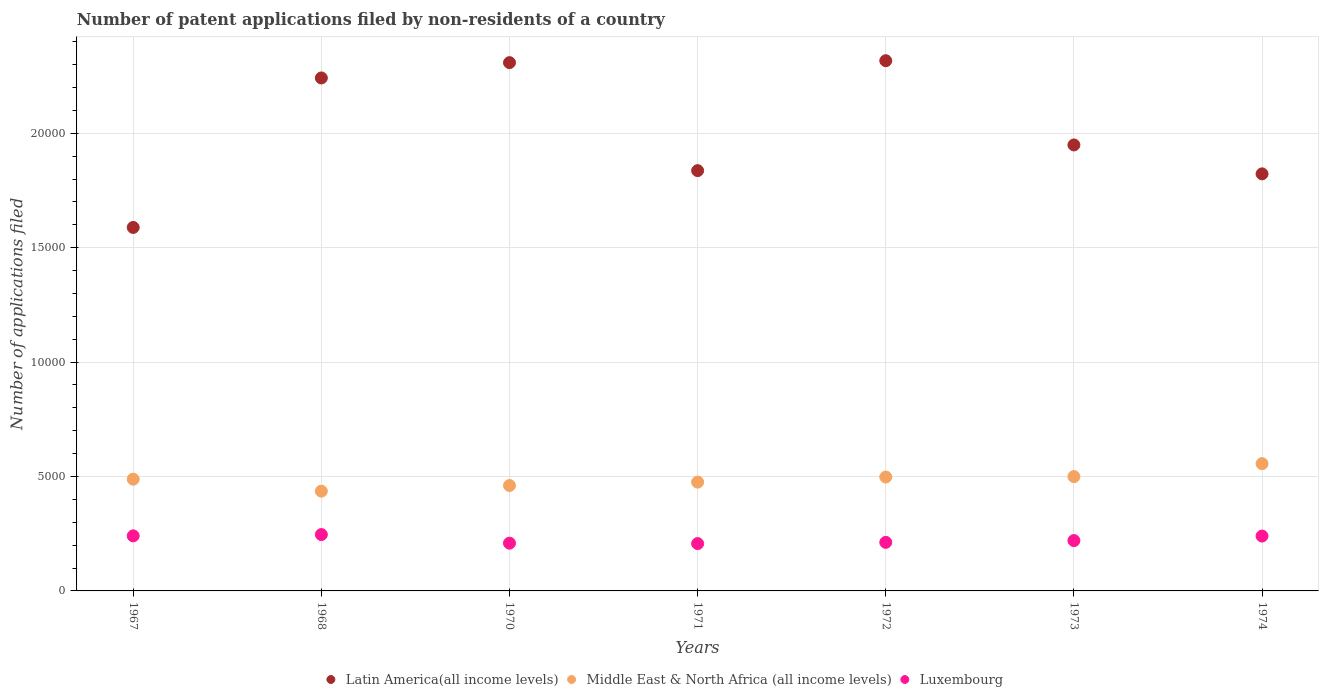
| Years | Latin America(all income levels) | Middle East & North Africa (all income levels) | Luxembourg |
 | --- | --- | --- | --- |
 | 1967 | 1.59e+04 | 4.88e+03 | 2.41e+03 |
 | 1968 | 2.24e+04 | 4.36e+03 | 2.46e+03 |
 | 1970 | 2.31e+04 | 4.61e+03 | 2.09e+03 |
 | 1971 | 1.84e+04 | 4.76e+03 | 2.07e+03 |
 | 1972 | 2.32e+04 | 4.98e+03 | 2.12e+03 |
 | 1973 | 1.95e+04 | 5e+03 | 2.2e+03 |
 | 1974 | 1.82e+04 | 5.56e+03 | 2.4e+03 |